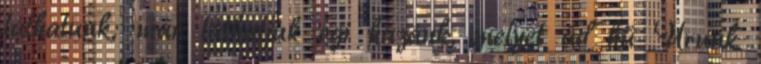
láthatunk; már láthatjuk égi hazánk, melyet ád hű Urunk